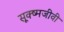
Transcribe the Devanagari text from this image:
सूक्ष्‍मजीवी